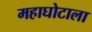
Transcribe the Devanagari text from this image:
महाघोटाला